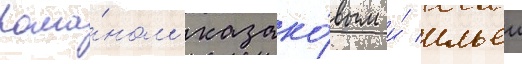
рома́ном казако́вым и́ ильеи